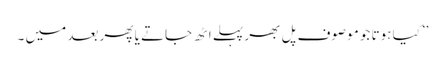
’’کیا ہوتا جو موصوف پل بھر پہلے اٹھ جاتے یا پھر بعد میں ۔